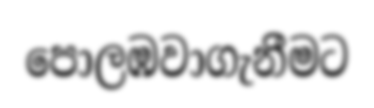
පොලඹවාගැනීමට